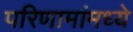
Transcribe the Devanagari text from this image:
परिणामांमध्ये